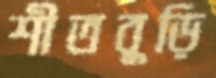
শীতবুড়ি